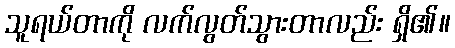
သူရယ်တာကို လက်လွတ်သွားတာလည်း ရှိ၏။